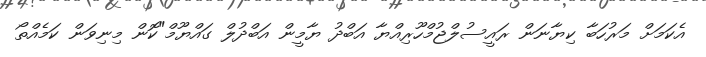
އެކަމަށް މަރުހަބާ ކިޔާނަން ރައީސުލްޖުމްހޫރިއްޔާ އަބްދު ޔާމީން އަބްދުލް ގައްޔޫމް"ކޮން މިނިވަން ކަމެއްތޯ